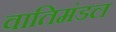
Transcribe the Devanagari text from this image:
वातिमंडल